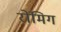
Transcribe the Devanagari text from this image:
रोंमिग